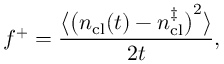
f ^ { + } = \frac { \big \langle \big ( n _ { \mathrm { c l } } ( t ) - n _ { \mathrm { c l } } ^ { \ddagger } \big ) ^ { 2 } \big \rangle } { 2 t } ,